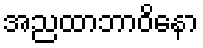
အညထာဘာဝိနော